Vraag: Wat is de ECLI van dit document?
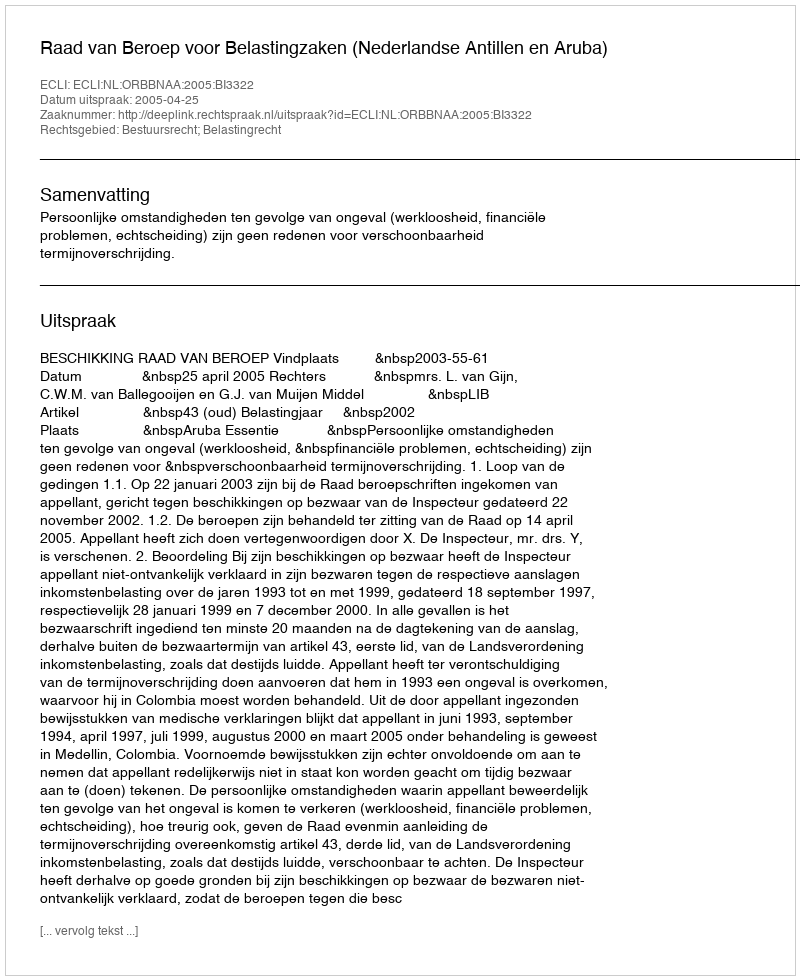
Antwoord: ECLI:NL:ORBBNAA:2005:BI3322